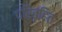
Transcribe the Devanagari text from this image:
परिबृहित